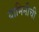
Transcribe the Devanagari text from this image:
यामिनीची